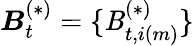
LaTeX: \boldsymbol{\mathit{B}}_{t}^{(*)}=\{ \mathit{B}_{t,i(m)}^{(*)}\}